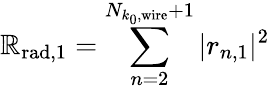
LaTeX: \mathbb{R}_{\mathrm{{rad}},1}=\sum_{n=2}^{N_{k_{0},\mathrm{{wire}}}+1}|r_{n,1}|^{2}